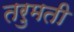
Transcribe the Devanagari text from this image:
तरुमती